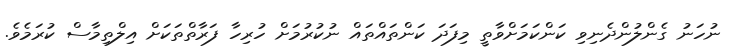
ނުހަނު ގެންލުންދެނިވި ކަންކަމަށްވާތީ މިފަދަ ކަންތައްތައް ނުކުރުމަށް ހުރިހާ ފަރާތްތަކަށް އިލްތިމާސް ކުރަމެވެ.